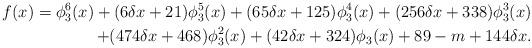
LaTeX: \begin{align*}f(x)=\phi_3^6(x)+(6\delta x+21)\phi_3^5(x)+(65\delta x+125)\phi_3^4(x)+(256\delta x+338)\phi_3^3(x)\\+(474\delta x+468)\phi_3^2(x)+(42\delta x+324)\phi_3(x)+89-m+144\delta x.\end{align*}